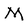
Character: M